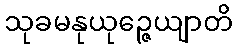
သုခမနုယုဉ္ဇေယျာတိ